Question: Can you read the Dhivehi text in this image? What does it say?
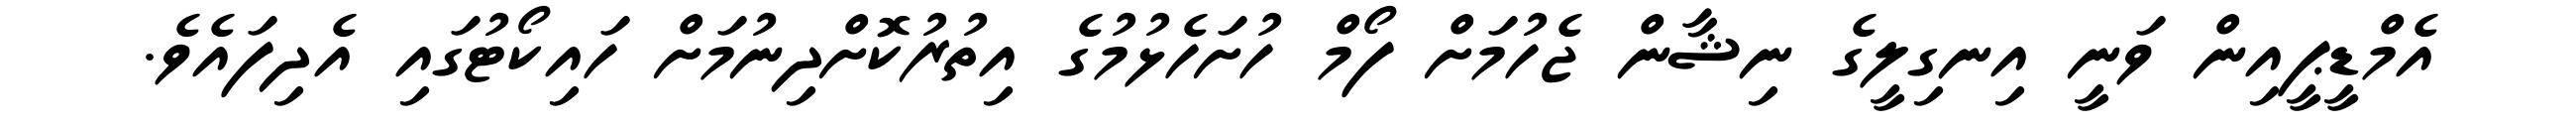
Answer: އެމްޑީޕީއިން ވަނީ އިނގިލީގެ ނިޝާން ޖެހުމަށް ފޯމް ހުށަހެޅުމުގެ އިތުރުކޮށްދިނުމަށް ހައިކޯޓުގައި އެދިފައެވެ.